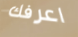
اعرفك